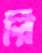
রি